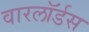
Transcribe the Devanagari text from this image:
वारलॉर्डस